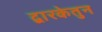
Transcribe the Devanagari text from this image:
द्वारकेतुन